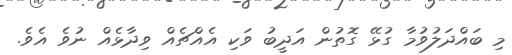
މި ބައްދަލުވުމާ ގުޅޭ ގޮތުން އަދީބު ވަކި އެއްޗެއް ވިދާޅެއް ނުވެ އެވެ.